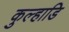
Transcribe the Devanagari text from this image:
कुल्हाडि